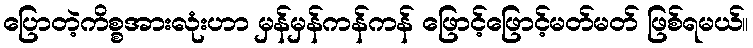
ပြောတဲ့ကိစ္စအားလုံးဟာ မှန်မှန်ကန်ကန် ဖြောင့်ဖြောင့်မတ်မတ် ဖြစ်ရမယ်။